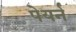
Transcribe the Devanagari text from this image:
पेयर्न